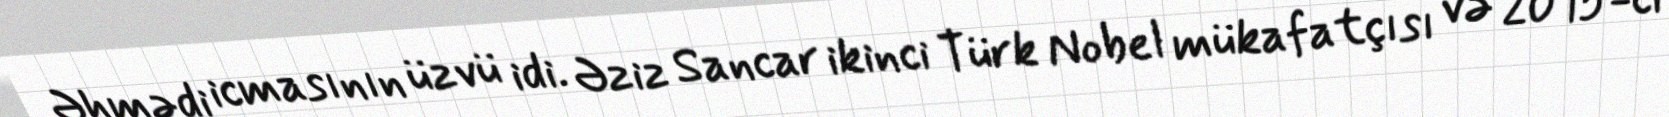
Əhmədi icmasının üzvü idi. Əziz Sancar ikinci Türk Nobel mükafatçısı və 2015-ci